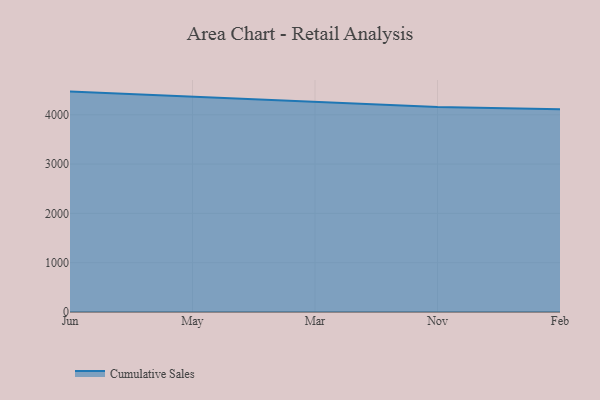
{"axis": {"x": "Month", "y": "Temperature (°C)"}, "legend": ["Cumulative Sales"], "data": [{"x": "Jun", "y": 4470.0, "type": "Cumulative Sales"}, {"x": "May", "y": 4364.4, "type": "Cumulative Sales"}, {"x": "Mar", "y": 4256.7, "type": "Cumulative Sales"}, {"x": "Nov", "y": 4156.7, "type": "Cumulative Sales"}, {"x": "Feb", "y": 4112.9, "type": "Cumulative Sales"}]}